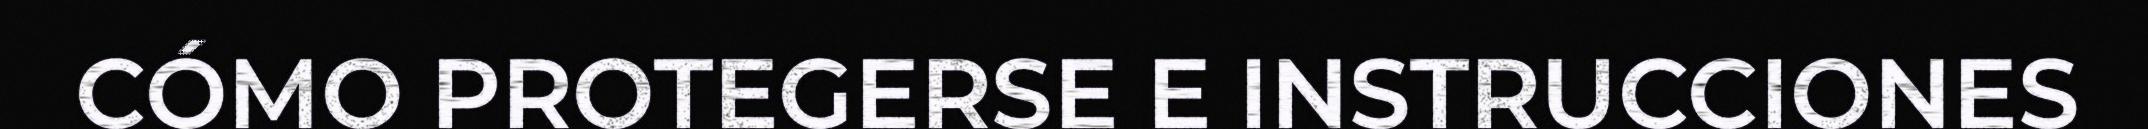
CÓMO PROTEGERSE E INSTRUCCIONES